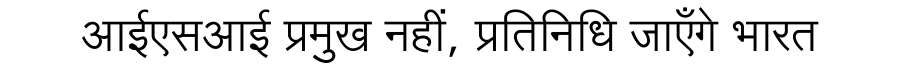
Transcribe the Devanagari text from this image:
आईएसआई प्रमुख नहीं, प्रतिनिधि जाएँगे भारत